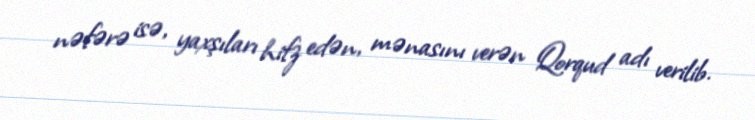
nəfərə isə, yaxşıları hifz edən, mənasını verən Qorqud adı verilib.